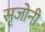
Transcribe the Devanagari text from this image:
सृजोनी